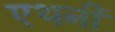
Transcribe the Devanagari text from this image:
एथनी